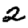
Digit: 2